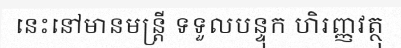
នេះនៅមានមន្ត្រី ទទួលបន្ទុក ហិរញ្ញវត្ថុ